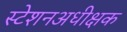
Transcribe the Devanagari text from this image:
स्टेशनअधीक्षक